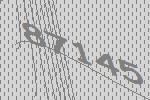
87145